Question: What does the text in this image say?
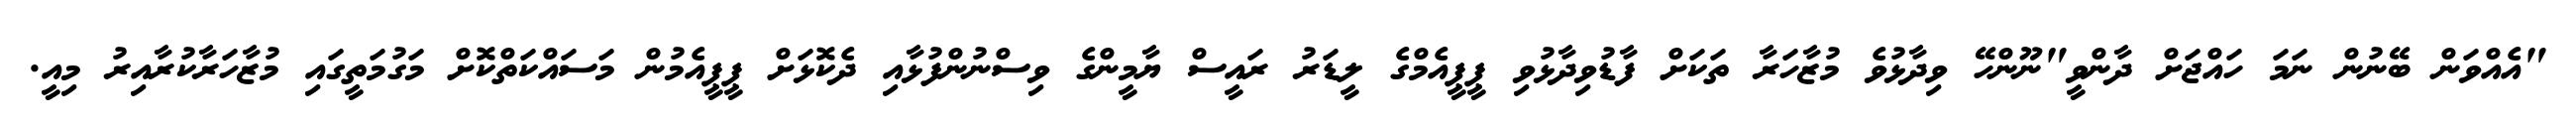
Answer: "އެއްވަން ބޭނުން ނަމަ ހައްޖަށް ދާންވީ"ނޫންހޭ ވިދާޅުވެ މުޒާހަރާ ތަކަށް ފާޑުވިދާޅުވި ޕީޕީއެމްގެ ލީޑަރު ރައީސް ޔާމީންގެ ވިސްނުންފުޅާއި ދެކޮޅަށް ޕީޕީއެމުން މަސައްކަތްކޮށް މަގުމަތީގައި މުޒާހަރާކުރާއިރު މިއީ.